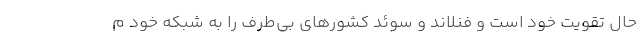
حال تقویت خود است و فنلاند و سوئد کشورهای بی‌طرف را به شبکه خود م